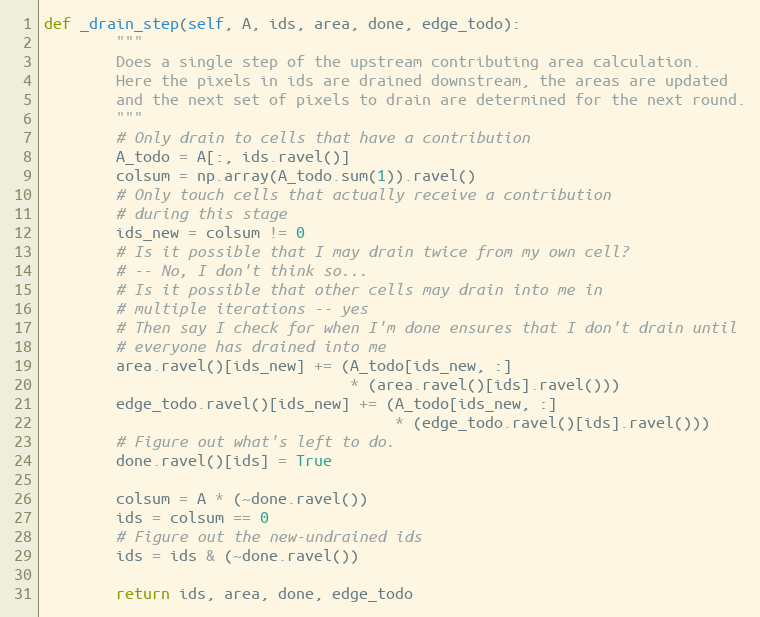
Language: Python
def _drain_step(self, A, ids, area, done, edge_todo):
        """
        Does a single step of the upstream contributing area calculation.
        Here the pixels in ids are drained downstream, the areas are updated
        and the next set of pixels to drain are determined for the next round.
        """
        # Only drain to cells that have a contribution
        A_todo = A[:, ids.ravel()]
        colsum = np.array(A_todo.sum(1)).ravel()
        # Only touch cells that actually receive a contribution
        # during this stage
        ids_new = colsum != 0
        # Is it possible that I may drain twice from my own cell?
        # -- No, I don't think so...
        # Is it possible that other cells may drain into me in
        # multiple iterations -- yes
        # Then say I check for when I'm done ensures that I don't drain until
        # everyone has drained into me
        area.ravel()[ids_new] += (A_todo[ids_new, :]
                                  * (area.ravel()[ids].ravel()))
        edge_todo.ravel()[ids_new] += (A_todo[ids_new, :]
                                       * (edge_todo.ravel()[ids].ravel()))
        # Figure out what's left to do.
        done.ravel()[ids] = True

        colsum = A * (~done.ravel())
        ids = colsum == 0
        # Figure out the new-undrained ids
        ids = ids & (~done.ravel())

        return ids, area, done, edge_todo